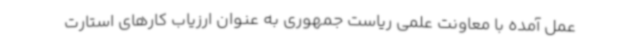
عمل آمده با معاونت علمی ریاست جمهوری به عنوان ارزیاب کارهای استارت